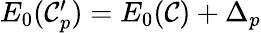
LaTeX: \begin{array}{r}{E_{0}(\mathcal{C}_{p}^{\prime})=E_{0}(\mathcal{C})+\Delta_{p}}\end{array}